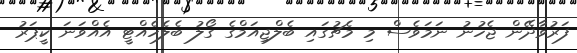
ފަރުވާދޭން ޖެހުނު ނަމަވެސް މި މެޗުގައި ބެލްޖިއަމްގެ ގޯލު ބެލެހެއްޓީ އެއްވަނަ ކީޕަރު